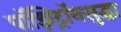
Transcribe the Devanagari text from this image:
पॉझिट्रॉनसुद्धा